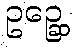
ဥဉ္ဆေ